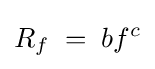
R_{f}\;=\;bf^{c}